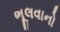
ભૂલવાનો